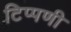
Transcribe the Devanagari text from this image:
टिप्‍पणी